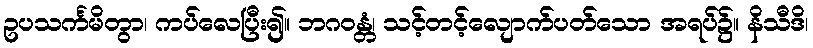
ဥပသင်္ကမိတွာ၊ ကပ်လေပြီး၍။ ဘဂဝန္တံ၊ သင့်တင့်လျောက်ပတ်သော အရပ်၌။ နိသီဒိ၊